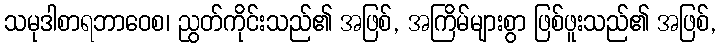
သမုဒါစာရဘာဝေစ၊ ညွတ်ကိုင်းသည်၏ အဖြစ်, အကြိမ်များစွာ ဖြစ်ဖူးသည်၏ အဖြစ်,